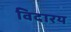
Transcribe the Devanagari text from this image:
विदारय